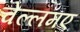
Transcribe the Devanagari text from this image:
चेल्लमए